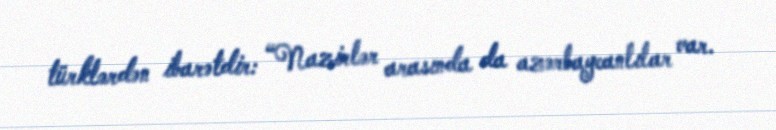
türklərdən ibarətdir: “Nazirlər arasında da azərbaycanlılar var.